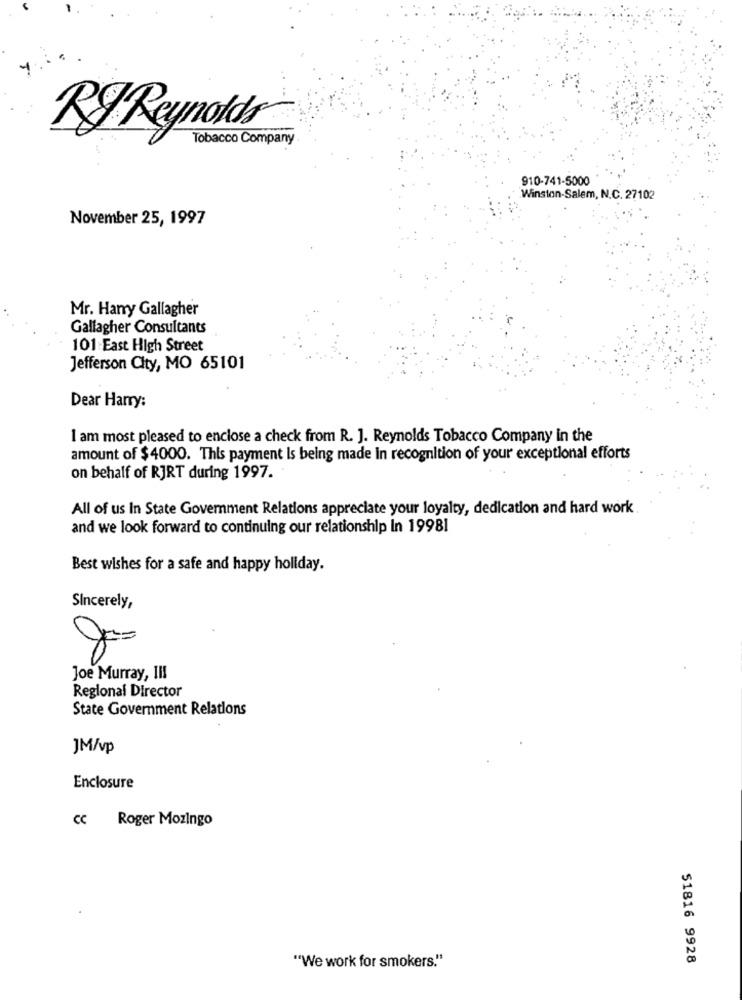
RIReynolds
Tobacco Company
910-741-5000
Winston-Salem, N.C. 27102
November 25, 1997
Mr. Harry Gallagher
Gallagher Consultants
101 East High Street
Jefferson City, MO 65101
Dear Harry:
I am most pleased to enclose a check from R. J. Reynolds Tobacco Company in the
amount of $4000. This payment Is being made in recognition of your exceptional efforts
on behalf of RJRT during 1997.
All of us In State Government Relations appreciate your loyalty, dedication and hard work
and we look forward to continuing our relationship in 19981
Best wishes for a safe and happy holiday.
Sincerely,
Joe Murray, III
Regional Director
State Government Relations
JM/vp
Enclosure
CC Roger Mozingo
51816 9928
"We work for smokers."